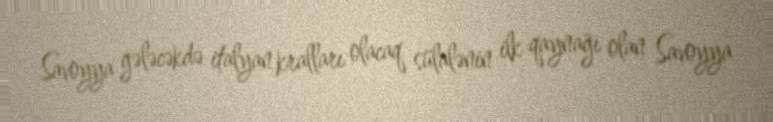
Savoyya gələcəkdə italyan kralları olacaq sülalənin ilk qaynağı olan Savoyya